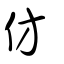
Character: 仿